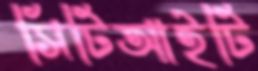
সিটিআইটি